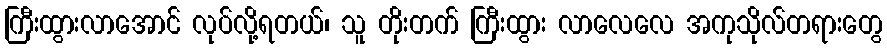
ကြီးထွားလာအောင် လုပ်လို့ရတယ်၊ သူ တိုးတက် ကြီးထွား လာလေလေ အကုသိုလ်တရားတွေ